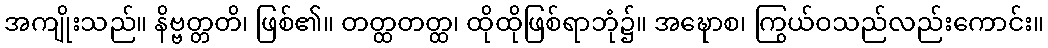
အကျိုးသည်။ နိဗ္ဗတ္တတိ၊ ဖြစ်၏။ တတ္ထတတ္ထ၊ ထိုထိုဖြစ်ရာဘုံ၌။ အဍ္ဎောစ၊ ကြွယ်ဝသည်လည်းကောင်း။